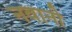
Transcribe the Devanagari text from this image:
नवानी